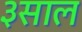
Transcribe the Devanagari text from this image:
३साल